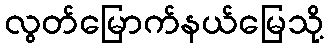
လွတ်မြောက်နယ်မြေသို့